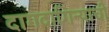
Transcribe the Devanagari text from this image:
दागदागिन्याची